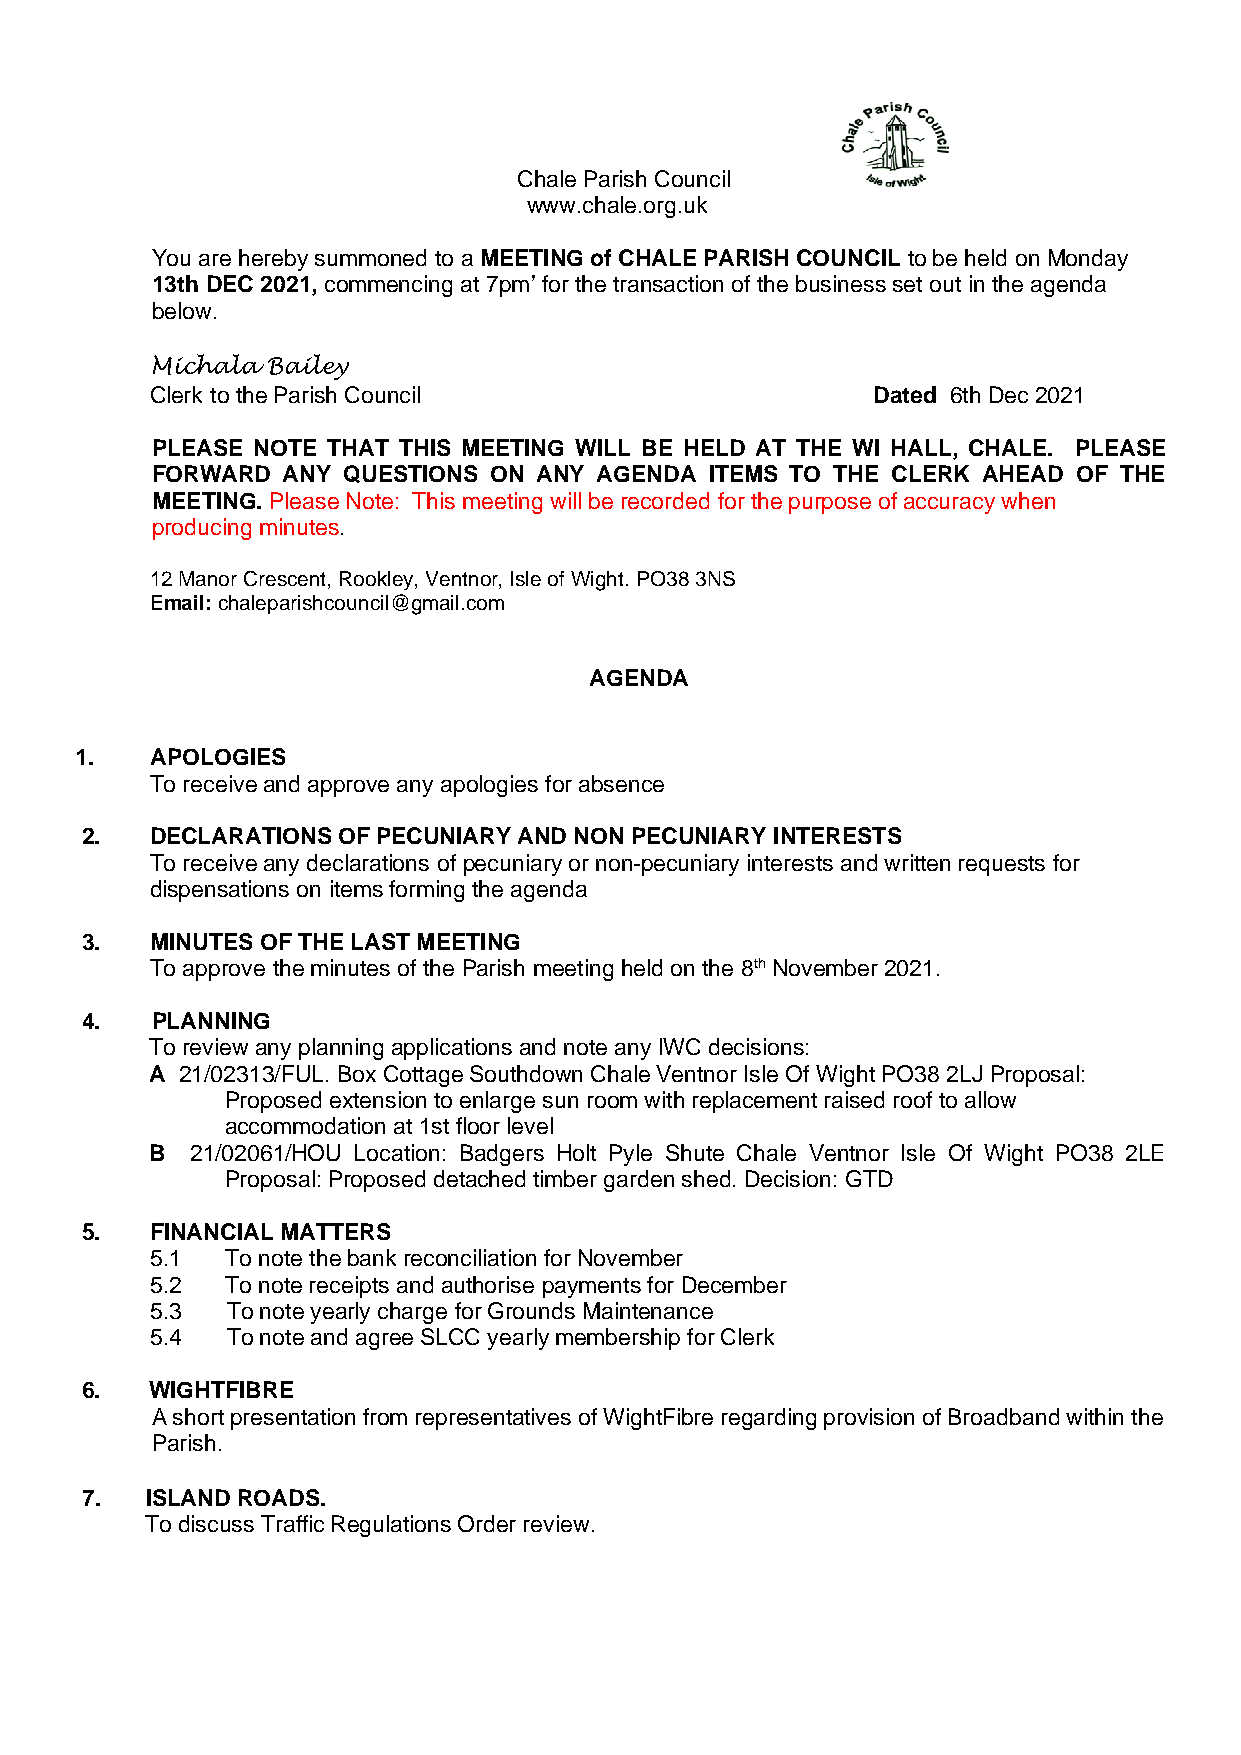
Chale Parish Council
 www.chale.org.uk
 You are hereby summoned to a MEETING of CHALE PARISH COUNCIL to be held on Monday
 13th DEC 2021, commencing at 7pm’ for the transaction of the business set out in the agenda
 below.
 Michala Bailey
 Clerk to the Parish Council                     Dated 6th Dec 2021
 PLEASE NOTE THAT THIS MEETING WILL BE HELD AT THE WI HALL, CHALE. PLEASE
 FORWARD  ANY QUESTIONS ON ANY AGENDA ITEMS TO THE CLERK AHEAD OF THE
 MEETING. Please Note: This meeting will be recorded for the purpose of accuracy when
 producing minutes.
 12 Manor Crescent, Rookley, Ventnor, Isle of Wight. PO38 3NS
 Email: chaleparishcouncil@gmail.com
 AGENDA
 1.   APOLOGIES
 To receive and approve any apologies for absence
 2.   DECLARATIONS OF PECUNIARY AND NON PECUNIARY INTERESTS
 To receive any declarations of pecuniary or non-pecuniary interests and written requests for
 dispensations on items forming the agenda
 3.   MINUTES OF THE LAST MEETING
 To approve the minutes of the Parish meeting held on the 8th November 2021.
 4.   PLANNING
 To review any planning applications and note any IWC decisions:
 A 21/02313/FUL. Box Cottage Southdown Chale Ventnor Isle Of Wight PO38 2LJ Proposal:
 Proposed extension to enlarge sun room with replacement raised roof to allow
 accommodation at 1st floor level
 B  21/02061/HOU Location: Badgers Holt Pyle Shute Chale Ventnor Isle Of Wight PO38 2LE
 Proposal: Proposed detached timber garden shed. Decision: GTD
 5.   FINANCIAL MATTERS
 5.1  To note the bank reconciliation for November
 5.2  To note receipts and authorise payments for December
 5.3  To note yearly charge for Grounds Maintenance
 5.4  To note and agree SLCC yearly membership for Clerk
 6.   WIGHTFIBRE
 A short presentation from representatives of WightFibre regarding provision of Broadband within the
 Parish.
 7.   ISLAND ROADS.
 To discuss Traffic Regulations Order review.